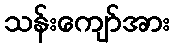
သန်းကျော်အား